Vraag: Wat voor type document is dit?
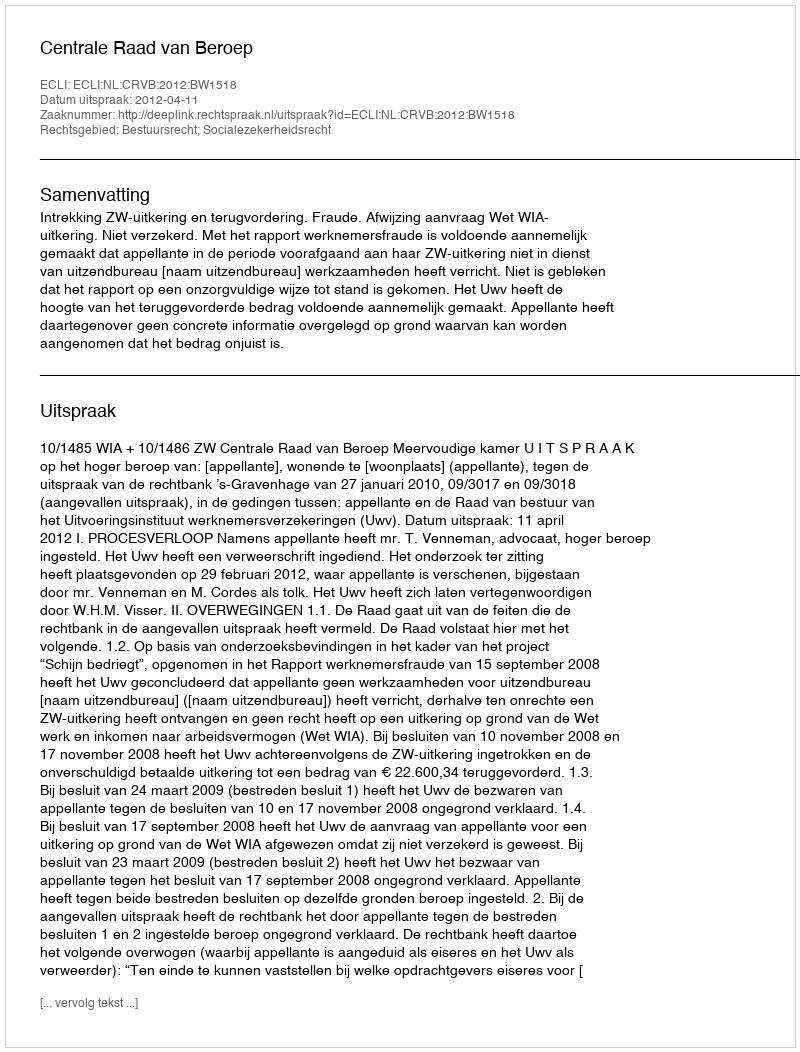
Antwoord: Uitspraak